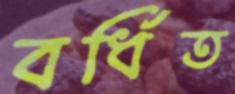
বর্ধিত